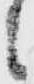
之